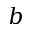
\boldsymbol { b }